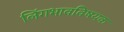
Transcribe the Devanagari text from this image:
लिंगभावविषयक